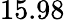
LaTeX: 15.98